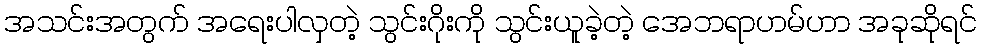
အသင်းအတွက် အရေးပါလှတဲ့ သွင်းဂိုးကို သွင်းယူခဲ့တဲ့ အေဘရာဟမ်ဟာ အခုဆိုရင်